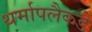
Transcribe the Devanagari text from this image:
थर्मापलैकडे